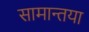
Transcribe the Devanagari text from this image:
सामान्तया